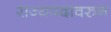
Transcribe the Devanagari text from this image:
राज्यपदावरुन